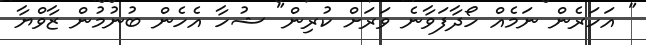
" އަހަރެން ނަމެއް ހޯދާފަވާނެ ވަރަށް ކުރިން" ޝުހާ އެހެން ބުނުމުން ޒާވްޔާ